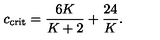
c _ { \mathrm { c r i t } } = { \frac { 6 K } { K + 2 } } + { \frac { 2 4 } { K } } .